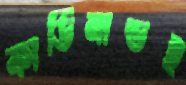
ফার্ডিনান্ডই